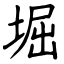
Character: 堀